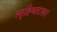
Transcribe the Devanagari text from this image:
स्मृतिव्याख्यान